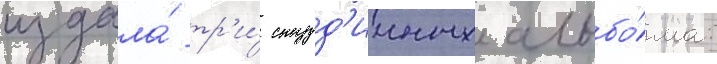
издала́ тр'и́ студ'ииных альбо́ма: